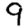
Digit: 9